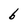
Character: 6